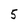
Character: 5